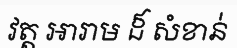
វត្ត អារាម ដ៏ សំខាន់